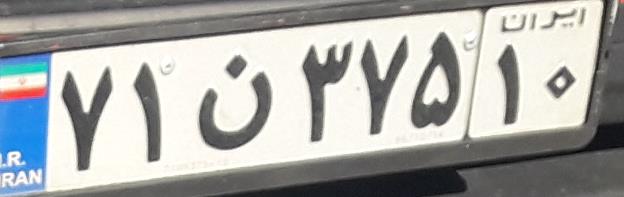
۷۱ن۳۷۵۱۰